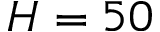
H = 5 0